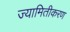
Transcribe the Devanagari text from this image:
ज्यामितीकरण